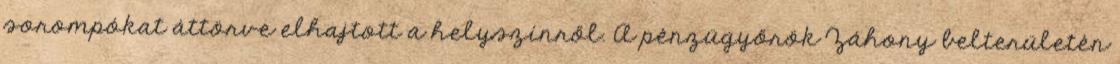
sorompókat áttörve elhajtott a helyszínről. A pénzügyőrök Záhony belterületén